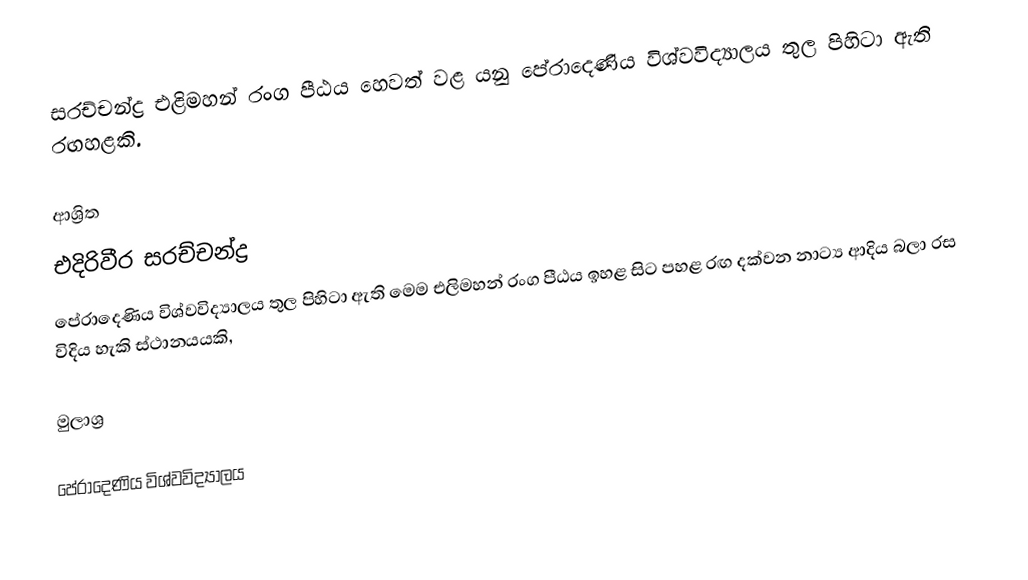
සරච්චන්ද්‍ර එළිමහන් රංග පීඨය හෙවත් වළ යනු පේරාදෙණිය‍ විශ්වවිද්‍යාලය තුල පිහිටා ඇති රඟහළකි.

ආශ්‍රිත
 එදිරිවීර සරච්චන්ද්‍ර
 පේරාදෙණිය‍ විශ්වවිද්‍යාලය තුල පිහිටා ඇති මෙම එලිමහන් රංග පීඨය ඉහළ සිට පහළ රඟ දක්වන නාට්‍ය ආදිය බලා රස විදිය හැකි ස්ථානයයකි,

මුලාශ්‍ර

පේරාදෙණිය‍ විශ්වවිද්‍යාලය